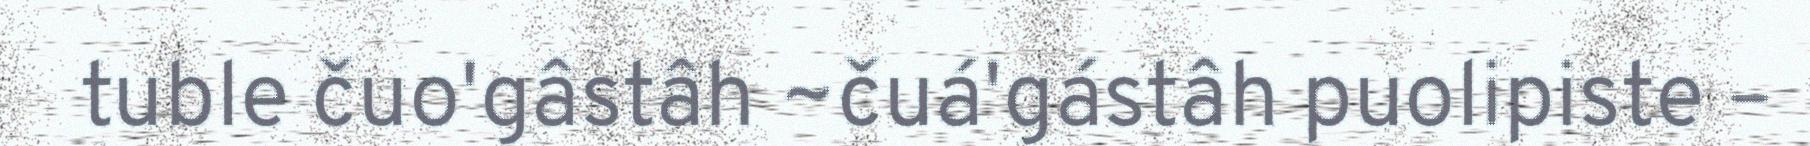
tuble čuo'gâstâh ~čuá'gástâh puolipiste –